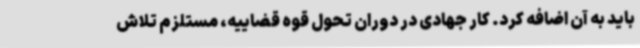
باید به آن اضافه کرد. کار جهادی در دوران تحول قوه قضاییه، مستلزم تلاش